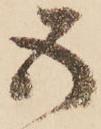
五